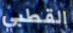
القطبي